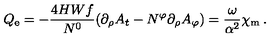
Q _ { \mathrm { e } } = - \frac { 4 H W f } { N ^ { 0 } } ( \partial _ { \rho } A _ { t } - N ^ { \varphi } \partial _ { \rho } A _ { \varphi } ) = \frac { \omega } { \alpha ^ { 2 } } \chi _ { \mathrm { m } } \: .